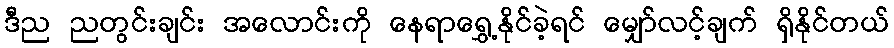
ဒီည ညတွင်းချင်း အလောင်းကို နေရာရွှေ့နိုင်ခဲ့ရင် မျှော်လင့်ချက် ရှိနိုင်တယ်